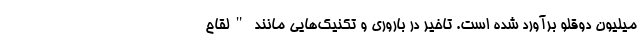
میلیون دوقلو برآورد شده است. تاخیر در باروری و تکنیک‌هایی مانند "لقاح